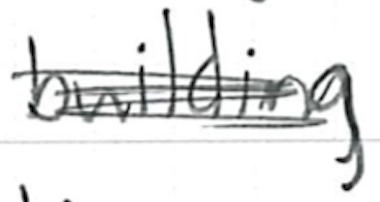
Text: building
Cross-out: scratch
Writing tool: ballpoint